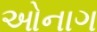
ઓનાગ